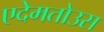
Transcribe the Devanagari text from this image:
एदेमतोउस